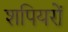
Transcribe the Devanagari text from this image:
शपियरों